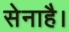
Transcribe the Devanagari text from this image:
सेनाहै।